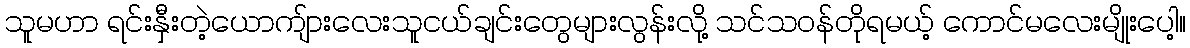
သူမဟာ ရင်းနှီးတဲ့ယောကျ်ားလေးသူငယ်ချင်းတွေများလွန်းလို့ သင်သဝန်တိုရမယ့် ကောင်မလေးမျိုးပေါ့။